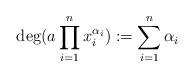
LaTeX: \begin{align*} \deg ( a \prod_{i = 1}^n x_i^{\alpha_i} ) := \sum_{i=1}^n \alpha_i \end{align*}